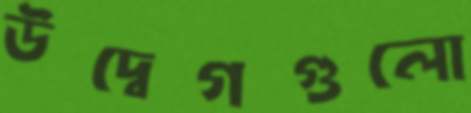
উদ্বেগগুলো